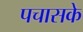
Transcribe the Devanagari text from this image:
पचासके